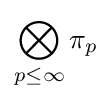
\bigotimes _{p\leq \infty }\pi _{p}